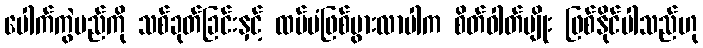
ပေါက်ကွဲမည်ကို သစ်ခုတ်ခြင်းနှင့် ထပ်မံဖြစ်ပွားလာပါက စိတ်ဓါတ်မျိုး ဖြစ်နိုင်ပါသည်ဟု